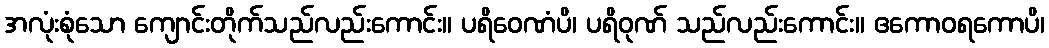
အလုံးစုံသော ကျောင်းတိုက်သည်လည်းကောင်း။ ပရိဝေဏံပိ၊ ပရိဝုဏ် သည်လည်းကောင်း။ ဧကောဝရကောပိ၊